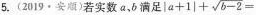
5.(2019·安顺)若实数a，b满足$$|a+1|+ \sqrt{b-2}=$$